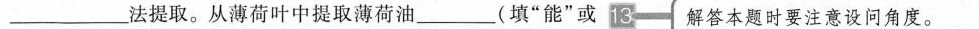
___法提取。从薄荷叶中提取薄荷油___（填“能”或 13 解答本题时要注意设问角度。